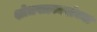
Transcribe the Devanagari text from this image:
शोधपत्रकारांच्या